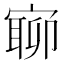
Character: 𡪉